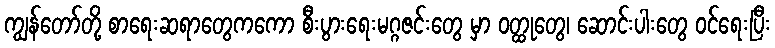
ကျွန်တော်တို့ စာရေးဆရာတွေကကော စီးပွားရေးမဂ္ဂဇင်းတွေ မှာ ဝတ္ထုတွေ၊ ဆောင်းပါးတွေ ဝင်ရေးပြီး